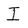
Character: I